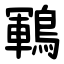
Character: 鶤